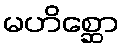
မဟိစ္ဆော